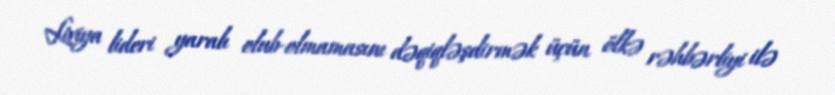
Liviya lideri yaralı olub-olmamasını dəqiqləşdirmək üçün ölkə rəhbərliyi ilə